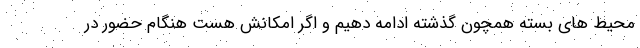
محیط های بسته همچون گذشته ادامه دهیم و اگر امکانش هست هنگام حضور در